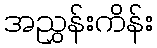
အညွှန်းကိန်း